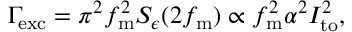
\Gamma \! _ { \mathrm { e x c } } = \pi ^ { 2 } f _ { \mathrm { m } } ^ { 2 } S _ { \epsilon } ( 2 f _ { \mathrm { m } } ) \propto f _ { \mathrm { m } } ^ { 2 } \alpha ^ { 2 } I _ { \mathrm { t o } } ^ { 2 } ,